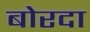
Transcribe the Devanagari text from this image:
बोरदा